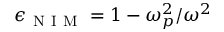
\epsilon _ { \mathrm { ~ N ~ I ~ M ~ } } = 1 - \omega _ { p } ^ { 2 } / \omega ^ { 2 }